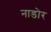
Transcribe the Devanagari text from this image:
नाडोर